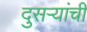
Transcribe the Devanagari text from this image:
दुसऱ्यांची